Annual report on the working of the mental hospitals in the Madras Presidency - 1912-1932
Year: 1912
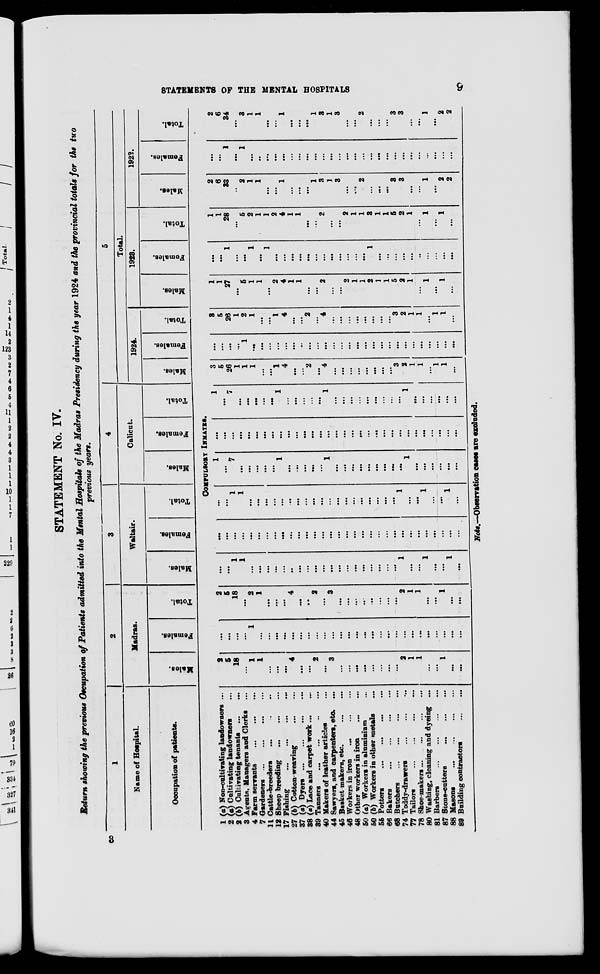
STATEMENTS OF THE MENTAL HOSPITALS
9
STATEMENT No. IV.
Return showing the previous Occupation of Patients admitted into the Mental Hospitals of the Madras Presidency during the year 1924 and the provincial totals for the two
previous years.
1
Name of Hospital.
Occupation of patients.
2
Madras.
Males.
Females.
Total.
3
Waltair.
Males.
Females.
Total.
4
Calicut.
Males.
Females.
Total.
5
Total.
1924.
Males.
Females.
Total.
1923.
Males.
Females.
Total.
1922.
Males.
Females.
Total.
COMPULSORY INMATES.
1 (a) Non-cultivating landowners ...
2 (a) Cultivating landowners ...
2 (b) Cultivating tenants
...
...
3 Agents, Managers and Clerks ...
4 Farm servants
...
...
...
7 Gardeners
...
...
...
...
11 Cattle-breeders ... ... ...
12 Sheep breeding
...
...
...
17 Fishing
...
...
...
...
27 (b) Cotton-weaving
...
...
37 (a) Dyers
...
...
...
...
38 (a) Lace and carpet work ... ...
39 Tanners
...
...
...
...
40 Makers of leather articles ...
44 Sawyers, and carpenters, etc. ...
45 Basket makers, etc.
...
...
46 Workers in iron
...
... ...
48 Other workers in iron
...
...
50 (a) Workers in aluminium ...
50 (b) Workers in other metals ...
55 Potters
...
...
...
...
66 Bakers
...
...
...
...
68 Butchers
...
...
...
...
74 Toddy-drawers ... ... ...
77 Tailors
...
...
...
...
78 Shoe-makers
...
...
...
...
80 Washing, cleaning and dyeing ...
81 Barbers
...
...
...
...
87 Stone-cutters
...
...
...
88 Masons
...
...
...
...
89 Building contractors
...
...
2
5
18
...
1
1
...
...
...
4
...
...
2
...
3
...
...
...
...
...
...
...
...
2
1
1
...
...
1
...
...
...
...
...
...
1
...
...
...
...
...
...
...
...
...
...
...
...
...
...
...
...
...
...
...
...
...
...
...
...
...
...
2
5
18
...
2
1
...
...
...
4
...
...
2
...
3
...
...
...
...
...
...
...
...
2
1
1
...
...
1
...
...
...
...
1
1
...
...
...
...
...
...
...
...
...
...
...
...
...
...
...
...
...
...
...
1
...
...
1
...
...
1
...
...
...
...
...
...
...
...
...
...
...
...
...
...
...
...
...
...
...
...
...
...
...
...
...
...
...
...
...
...
...
...
...
...
1
1
...
...
...
...
...
...
...
...
...
...
...
...
...
...
...
...
...
...
...
1
...
...
1
...
...
1
...
1
...
7
...
...
...
...
...
1
...
...
...
...
...
1
...
...
...
...
...
...
...
...
...
1
...
...
...
...
...
...
...
...
...
...
...
...
...
...
...
...
...
...
...
...
...
...
...
...
...
...
...
...
...
...
...
...
...
...
...
...
...
1
...
7
...
...
...
...
...
1
...
...
...
...
...
1
...
...
...
...
...
...
...
...
...
1
...
...
...
...
...
...
3
5
26
1
1
1
...
...
1
4
...
...
2
...
4
...
...
...
...
...
...
...
...
3
2
1
1
...
1
1
...
...
...
...
...
1
...
...
...
...
...
...
...
...
...
...
...
...
...
...
...
...
...
...
...
...
...
...
...
...
...
...
3
5
26
1
2
1
...
...
1
4
...
...
2
...
4
...
...
...
...
...
...
...
...
3
2
1
1
...
1
1
...
1
1
27
...
5
1
1
...
2
4
1
1
...
...
2
...
...
2
1
1
2
1
1
5
2
1
...
1
...
1
...
...
...
1
...
...
1
...
1
...
...
...
...
...
...
...
...
...
...
...
...
1
...
...
...
...
...
...
...
...
...
...
1
1
28
...
5
2
1
1
2
4
1
1
...
...
2
...
...
2
1
1
3
1
1
5
2
1
...
1
...
1
...
2
6
33
...
2
1
1
...
...
1
...
...
...
1
3
1
3
...
...
2
...
...
...
3
3
...
...
1
...
2
2
...
...
1
...
1
...
...
...
...
...
...
...
...
...
...
...
...
...
...
...
...
...
...
...
...
...
...
...
...
...
...
2
6
34
...
3
1
1
...
...
1
...
...
...
1
3
1
3
...
...
2
...
...
...
3
3
...
...
1
...
2
2
Note.—Observation cases are excluded.
3